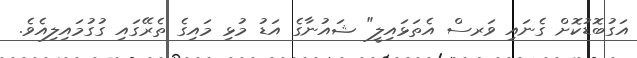
އަގުބޮޑުކޮށް ގެނައި ވަރސް އެތަޅައިލީ" ޝައުނާގެ އަޑު މުޅި މައިގެ ތެރޭގައި ގުގުމައިލިއެވެ.